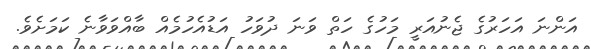
އަންނަ އަހަރުގެ ޖެނުއަރީ މަހުގެ ހަތް ވަނަ ދުވަހު އަޑުއެހުމެއް ބާއްވަވާނެ ކަމަށެވެ.